Indian journal of veterinary science and animal husbandry - Volume 10,
Year: 1940
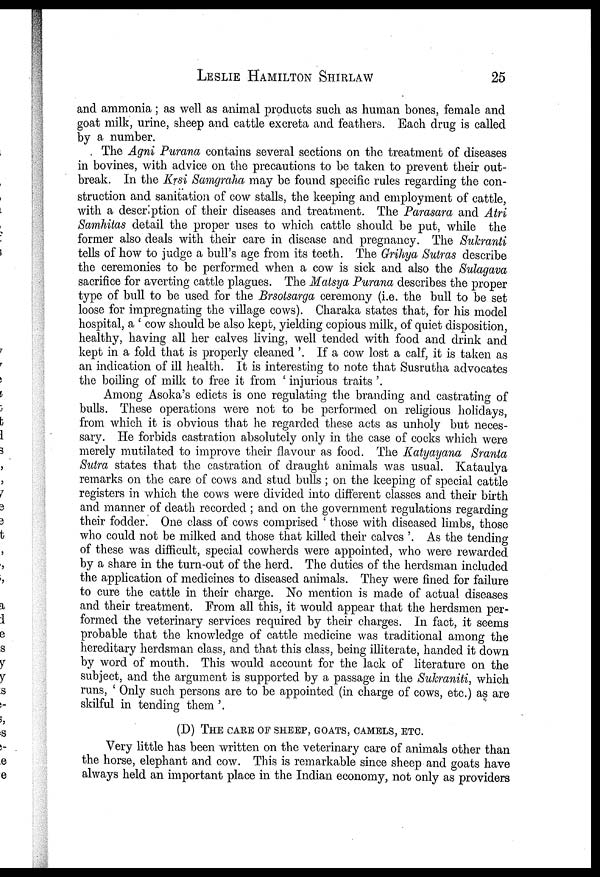
LESLIE
HAMILTON
SHIRLAW
25
and ammonia; as well as animal products such as human bones, female and
goat milk, urine, sheep and cattle excreta and feathers. Each drug is called
by a number.
The Agni Purana contains several sections on the treatment of diseases
in bovines, with advice on the precautions to be taken to prevent their out-
break. In the Krsi Samgraha may be found specific rules regarding the con-
struction and sanitation of cow stalls, the keeping and employment of cattle,
with a descr ption of their diseases and treatment. The Parasara and Atri
Samhitas detail the proper uses to which cattle should be put, while the
former also deals with their care in disease and pregnancy. The Sukranti
tells of how to judge a bull's age from its teeth. The Grihya Sutras describe
the ceremonies to be performed when a cow is sick and also the Sulagava
sacrifice for averting cattle plagues. The Matsya Purana describes the proper
type of bull to be used for the Brsotsarga ceremony (i.e. the bull to be set
loose for impregnating the village cows). Charaka states that, for his model
hospital, a ' cow should be also kept, yielding copious milk, of quiet disposition,
healthy, having all her calves living, well tended with food and drink and
kept in a fold that is properly cleaned '. If a cow lost a calf, it is taken as
an indication of ill health. It is interesting to note that Susrutha advocates
the boiling of milk to free it from ' injurious traits '.
Among Asoka's edicts is one regulating the branding and castrating of
bulls. These operations were not to be performed on religious holidays,
from which it is obvious that he regarded these acts as unholy but neces-
sary. He forbids castration absolutely only in the case of cocks which were
merely mutilated to improve their flavour as food. The Katyayana Sranta
Sutra states that the castration of draught animals was usual. Kataulya
remarks on the care of cows and stud bulls ; on the keeping of special cattle
registers in which the cows were divided into different classes and their birth
and manner of death recorded ; and on the government regulations regarding
their fodder. One class of cows comprised ' those with diseased limbs, those
who could not be milked and those that killed their calves '. As the tending
of these was difficult, special cowherds were appointed, who were rewarded
by a share in the turn-out of the herd. The duties of the herdsman included
the application of medicines to diseased animals. They were fined for failure
to cure the cattle in their charge. No mention is made of actual diseases
and their treatment. From all this, it would appear that the herdsmen per-
formed the veterinary services required by their charges. In fact, it seems
probable that the knowledge of cattle medicine was traditional among the
hereditary herdsman class, and that this class, being illiterate, handed it down
by word of mouth. This would account for the lack of literature on the
subject, and the argument is supported by a passage in the Sukraniti, which
runs, ' Only such persons are to be appointed (in charge of cows, etc.) as are
skilful in tending them '.
(D) THE CARE OF SHEEP, GOATS, CAMELS, ETC.
Very little has been written on the veterinary care of animals other than
the horse, elephant and cow. This is remarkable since sheep and goats have
always held an important place in the Indian economy, not only as providers